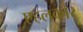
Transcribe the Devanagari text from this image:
एहलकार